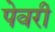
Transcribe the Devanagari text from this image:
पेवरी